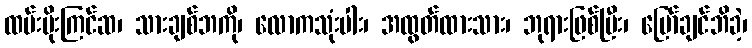
ထမ်းပိုးကြင်ဆ၊ သားချစ်ဘကို၊ လောကသုံးပါး၊ အထွတ်ထားသား၊ ဘုရားဖြစ်ပြီး၊ မြော်ချင်ဘိခဲ့၊